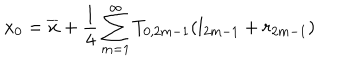
LaTeX: x _ { 0 } = \overline { { { x } } } + \frac { 1 } { 4 } \sum _ { m = 1 } ^ { \infty } T _ { 0 , 2 m - 1 } ( l _ { 2 m - 1 } + r _ { 2 m - 1 } )